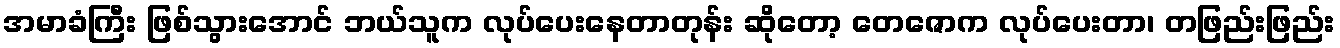
အမာခံကြီး ဖြစ်သွားအောင် ဘယ်သူက လုပ်ပေးနေတာတုန်း ဆိုတော့ တေဇောက လုပ်ပေးတာ၊ တဖြည်းဖြည်း